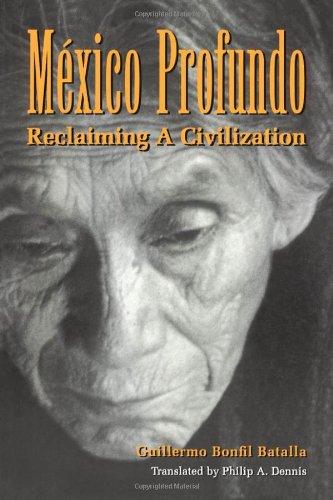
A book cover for Mexico Profundo: Reclaiming a Civilization; Guillermo Bonfil Batalla; History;